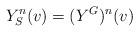
LaTeX: \begin{align*}Y^n_S(v) = (Y^G)^n(v) \end{align*}